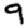
Digit: 9